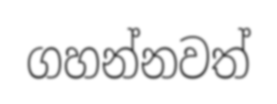
ගහන්නවත්